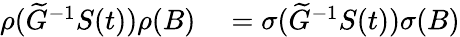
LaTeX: \begin{array}{rl}{\rho(\widetilde G^{-1}S(t))\rho(B)}&{{}=\sigma(\widetilde G^{-1}S(t))\sigma(B)}\end{array}